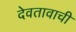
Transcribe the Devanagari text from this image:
देवतावाची